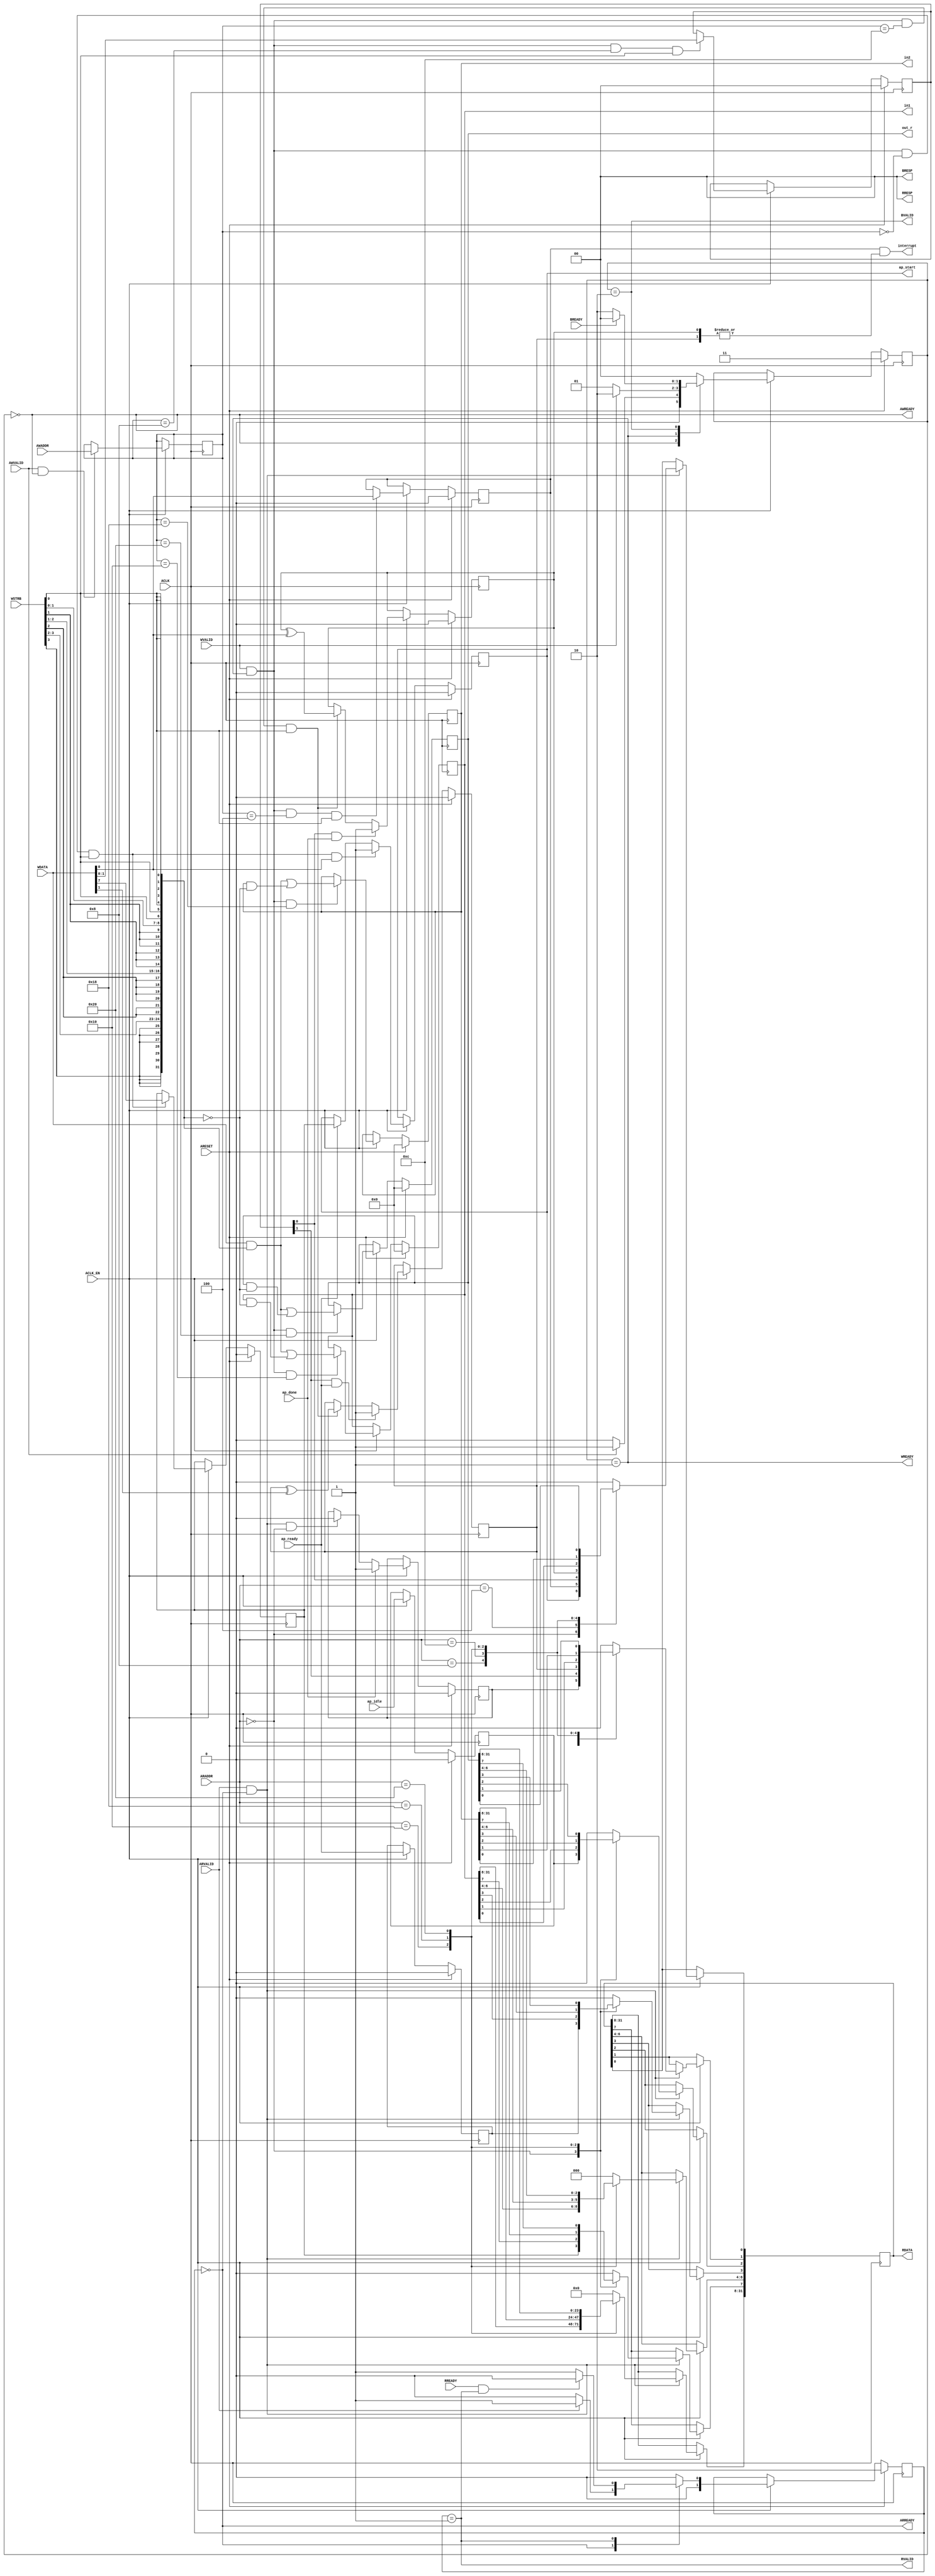
// ==============================================================
// Vivado(TM) HLS - High-Level Synthesis from C, C++ and SystemC v2019.2_AR72614 (64-bit)
// Copyright 1986-2019 Xilinx, Inc. All Rights Reserved.
// ==============================================================
`timescale 1ns/1ps
module mmult_hw_control_s_axi
#(parameter
    C_S_AXI_ADDR_WIDTH = 6,
    C_S_AXI_DATA_WIDTH = 32
)(
    input  wire                          ACLK,
    input  wire                          ARESET,
    input  wire                          ACLK_EN,
    input  wire [C_S_AXI_ADDR_WIDTH-1:0] AWADDR,
    input  wire                          AWVALID,
    output wire                          AWREADY,
    input  wire [C_S_AXI_DATA_WIDTH-1:0] WDATA,
    input  wire [C_S_AXI_DATA_WIDTH/8-1:0] WSTRB,
    input  wire                          WVALID,
    output wire                          WREADY,
    output wire [1:0]                    BRESP,
    output wire                          BVALID,
    input  wire                          BREADY,
    input  wire [C_S_AXI_ADDR_WIDTH-1:0] ARADDR,
    input  wire                          ARVALID,
    output wire                          ARREADY,
    output wire [C_S_AXI_DATA_WIDTH-1:0] RDATA,
    output wire [1:0]                    RRESP,
    output wire                          RVALID,
    input  wire                          RREADY,
    output wire                          interrupt,
    output wire                          ap_start,
    input  wire                          ap_done,
    input  wire                          ap_ready,
    input  wire                          ap_idle,
    output wire [31:0]                   in1,
    output wire [31:0]                   in2,
    output wire [31:0]                   out_r
);
//------------------------Address Info-------------------
// 0x00 : Control signals
//        bit 0  - ap_start (Read/Write/COH)
//        bit 1  - ap_done (Read/COR)
//        bit 2  - ap_idle (Read)
//        bit 3  - ap_ready (Read)
//        bit 7  - auto_restart (Read/Write)
//        others - reserved
// 0x04 : Global Interrupt Enable Register
//        bit 0  - Global Interrupt Enable (Read/Write)
//        others - reserved
// 0x08 : IP Interrupt Enable Register (Read/Write)
//        bit 0  - Channel 0 (ap_done)
//        bit 1  - Channel 1 (ap_ready)
//        others - reserved
// 0x0c : IP Interrupt Status Register (Read/TOW)
//        bit 0  - Channel 0 (ap_done)
//        bit 1  - Channel 1 (ap_ready)
//        others - reserved
// 0x10 : Data signal of in1
//        bit 31~0 - in1[31:0] (Read/Write)
// 0x14 : reserved
// 0x18 : Data signal of in2
//        bit 31~0 - in2[31:0] (Read/Write)
// 0x1c : reserved
// 0x20 : Data signal of out_r
//        bit 31~0 - out_r[31:0] (Read/Write)
// 0x24 : reserved
// (SC = Self Clear, COR = Clear on Read, TOW = Toggle on Write, COH = Clear on Handshake)

//------------------------Parameter----------------------
localparam
    ADDR_AP_CTRL      = 6'h00,
    ADDR_GIE          = 6'h04,
    ADDR_IER          = 6'h08,
    ADDR_ISR          = 6'h0c,
    ADDR_IN1_DATA_0   = 6'h10,
    ADDR_IN1_CTRL     = 6'h14,
    ADDR_IN2_DATA_0   = 6'h18,
    ADDR_IN2_CTRL     = 6'h1c,
    ADDR_OUT_R_DATA_0 = 6'h20,
    ADDR_OUT_R_CTRL   = 6'h24,
    WRIDLE            = 2'd0,
    WRDATA            = 2'd1,
    WRRESP            = 2'd2,
    WRRESET           = 2'd3,
    RDIDLE            = 2'd0,
    RDDATA            = 2'd1,
    RDRESET           = 2'd2,
    ADDR_BITS         = 6;

//------------------------Local signal-------------------
    reg  [1:0]                    wstate = WRRESET;
    reg  [1:0]                    wnext;
    reg  [ADDR_BITS-1:0]          waddr;
    wire [31:0]                   wmask;
    wire                          aw_hs;
    wire                          w_hs;
    reg  [1:0]                    rstate = RDRESET;
    reg  [1:0]                    rnext;
    reg  [31:0]                   rdata;
    wire                          ar_hs;
    wire [ADDR_BITS-1:0]          raddr;
    // internal registers
    reg                           int_ap_idle;
    reg                           int_ap_ready;
    reg                           int_ap_done = 1'b0;
    reg                           int_ap_start = 1'b0;
    reg                           int_auto_restart = 1'b0;
    reg                           int_gie = 1'b0;
    reg  [1:0]                    int_ier = 2'b0;
    reg  [1:0]                    int_isr = 2'b0;
    reg  [31:0]                   int_in1 = 'b0;
    reg  [31:0]                   int_in2 = 'b0;
    reg  [31:0]                   int_out_r = 'b0;

//------------------------Instantiation------------------

//------------------------AXI write fsm------------------
assign AWREADY = (wstate == WRIDLE);
assign WREADY  = (wstate == WRDATA);
assign BRESP   = 2'b00;  // OKAY
assign BVALID  = (wstate == WRRESP);
assign wmask   = { {8{WSTRB[3]}}, {8{WSTRB[2]}}, {8{WSTRB[1]}}, {8{WSTRB[0]}} };
assign aw_hs   = AWVALID & AWREADY;
assign w_hs    = WVALID & WREADY;

// wstate
always @(posedge ACLK) begin
    if (ARESET)
        wstate <= WRRESET;
    else if (ACLK_EN)
        wstate <= wnext;
end

// wnext
always @(*) begin
    case (wstate)
        WRIDLE:
            if (AWVALID)
                wnext = WRDATA;
            else
                wnext = WRIDLE;
        WRDATA:
            if (WVALID)
                wnext = WRRESP;
            else
                wnext = WRDATA;
        WRRESP:
            if (BREADY)
                wnext = WRIDLE;
            else
                wnext = WRRESP;
        default:
            wnext = WRIDLE;
    endcase
end

// waddr
always @(posedge ACLK) begin
    if (ACLK_EN) begin
        if (aw_hs)
            waddr <= AWADDR[ADDR_BITS-1:0];
    end
end

//------------------------AXI read fsm-------------------
assign ARREADY = (rstate == RDIDLE);
assign RDATA   = rdata;
assign RRESP   = 2'b00;  // OKAY
assign RVALID  = (rstate == RDDATA);
assign ar_hs   = ARVALID & ARREADY;
assign raddr   = ARADDR[ADDR_BITS-1:0];

// rstate
always @(posedge ACLK) begin
    if (ARESET)
        rstate <= RDRESET;
    else if (ACLK_EN)
        rstate <= rnext;
end

// rnext
always @(*) begin
    case (rstate)
        RDIDLE:
            if (ARVALID)
                rnext = RDDATA;
            else
                rnext = RDIDLE;
        RDDATA:
            if (RREADY & RVALID)
                rnext = RDIDLE;
            else
                rnext = RDDATA;
        default:
            rnext = RDIDLE;
    endcase
end

// rdata
always @(posedge ACLK) begin
    if (ACLK_EN) begin
        if (ar_hs) begin
            rdata <= 1'b0;
            case (raddr)
                ADDR_AP_CTRL: begin
                    rdata[0] <= int_ap_start;
                    rdata[1] <= int_ap_done;
                    rdata[2] <= int_ap_idle;
                    rdata[3] <= int_ap_ready;
                    rdata[7] <= int_auto_restart;
                end
                ADDR_GIE: begin
                    rdata <= int_gie;
                end
                ADDR_IER: begin
                    rdata <= int_ier;
                end
                ADDR_ISR: begin
                    rdata <= int_isr;
                end
                ADDR_IN1_DATA_0: begin
                    rdata <= int_in1[31:0];
                end
                ADDR_IN2_DATA_0: begin
                    rdata <= int_in2[31:0];
                end
                ADDR_OUT_R_DATA_0: begin
                    rdata <= int_out_r[31:0];
                end
            endcase
        end
    end
end


//------------------------Register logic-----------------
assign interrupt = int_gie & (|int_isr);
assign ap_start  = int_ap_start;
assign in1       = int_in1;
assign in2       = int_in2;
assign out_r     = int_out_r;
// int_ap_start
always @(posedge ACLK) begin
    if (ARESET)
        int_ap_start <= 1'b0;
    else if (ACLK_EN) begin
        if (w_hs && waddr == ADDR_AP_CTRL && WSTRB[0] && WDATA[0])
            int_ap_start <= 1'b1;
        else if (ap_ready)
            int_ap_start <= int_auto_restart; // clear on handshake/auto restart
    end
end

// int_ap_done
always @(posedge ACLK) begin
    if (ARESET)
        int_ap_done <= 1'b0;
    else if (ACLK_EN) begin
        if (ap_done)
            int_ap_done <= 1'b1;
        else if (ar_hs && raddr == ADDR_AP_CTRL)
            int_ap_done <= 1'b0; // clear on read
    end
end

// int_ap_idle
always @(posedge ACLK) begin
    if (ARESET)
        int_ap_idle <= 1'b0;
    else if (ACLK_EN) begin
            int_ap_idle <= ap_idle;
    end
end

// int_ap_ready
always @(posedge ACLK) begin
    if (ARESET)
        int_ap_ready <= 1'b0;
    else if (ACLK_EN) begin
            int_ap_ready <= ap_ready;
    end
end

// int_auto_restart
always @(posedge ACLK) begin
    if (ARESET)
        int_auto_restart <= 1'b0;
    else if (ACLK_EN) begin
        if (w_hs && waddr == ADDR_AP_CTRL && WSTRB[0])
            int_auto_restart <=  WDATA[7];
    end
end

// int_gie
always @(posedge ACLK) begin
    if (ARESET)
        int_gie <= 1'b0;
    else if (ACLK_EN) begin
        if (w_hs && waddr == ADDR_GIE && WSTRB[0])
            int_gie <= WDATA[0];
    end
end

// int_ier
always @(posedge ACLK) begin
    if (ARESET)
        int_ier <= 1'b0;
    else if (ACLK_EN) begin
        if (w_hs && waddr == ADDR_IER && WSTRB[0])
            int_ier <= WDATA[1:0];
    end
end

// int_isr[0]
always @(posedge ACLK) begin
    if (ARESET)
        int_isr[0] <= 1'b0;
    else if (ACLK_EN) begin
        if (int_ier[0] & ap_done)
            int_isr[0] <= 1'b1;
        else if (w_hs && waddr == ADDR_ISR && WSTRB[0])
            int_isr[0] <= int_isr[0] ^ WDATA[0]; // toggle on write
    end
end

// int_isr[1]
always @(posedge ACLK) begin
    if (ARESET)
        int_isr[1] <= 1'b0;
    else if (ACLK_EN) begin
        if (int_ier[1] & ap_ready)
            int_isr[1] <= 1'b1;
        else if (w_hs && waddr == ADDR_ISR && WSTRB[0])
            int_isr[1] <= int_isr[1] ^ WDATA[1]; // toggle on write
    end
end

// int_in1[31:0]
always @(posedge ACLK) begin
    if (ARESET)
        int_in1[31:0] <= 0;
    else if (ACLK_EN) begin
        if (w_hs && waddr == ADDR_IN1_DATA_0)
            int_in1[31:0] <= (WDATA[31:0] & wmask) | (int_in1[31:0] & ~wmask);
    end
end

// int_in2[31:0]
always @(posedge ACLK) begin
    if (ARESET)
        int_in2[31:0] <= 0;
    else if (ACLK_EN) begin
        if (w_hs && waddr == ADDR_IN2_DATA_0)
            int_in2[31:0] <= (WDATA[31:0] & wmask) | (int_in2[31:0] & ~wmask);
    end
end

// int_out_r[31:0]
always @(posedge ACLK) begin
    if (ARESET)
        int_out_r[31:0] <= 0;
    else if (ACLK_EN) begin
        if (w_hs && waddr == ADDR_OUT_R_DATA_0)
            int_out_r[31:0] <= (WDATA[31:0] & wmask) | (int_out_r[31:0] & ~wmask);
    end
end


//------------------------Memory logic-------------------

endmodule